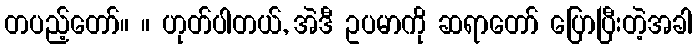
တပည့်တော်။ ။ ဟုတ်ပါတယ်, အဲဒီ ဥပမာကို ဆရာတော် ပြောပြီးတဲ့အခါ